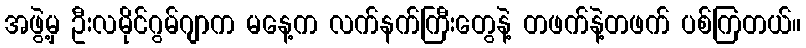
အဖွဲ့မှ ဦးလမိုင်ဂွမ်ဂျာက မနေ့က လက်နက်ကြီးတွေနဲ့ တဖက်နဲ့တဖက် ပစ်ကြတယ်။